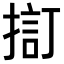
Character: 𢱏